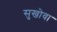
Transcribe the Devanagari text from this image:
सुखोवा